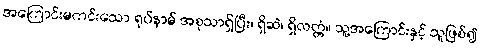
အကြောင်းမကင်းသော ရုပ်နာမ် အစုသာရှိပြီး၊ ရှိဆဲ၊ ရှိလတ္တံ့။ သူ့အကြောင်းနှင့် သူဖြစ်၍